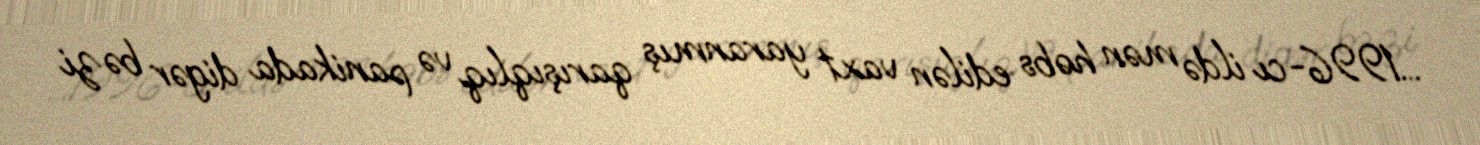
...1996-cı ildə mən həbs edilən vaxt yaranmış qarışıqlıq və panikada digər bəzi